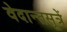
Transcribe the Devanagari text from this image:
वेदान्तसूत्रें